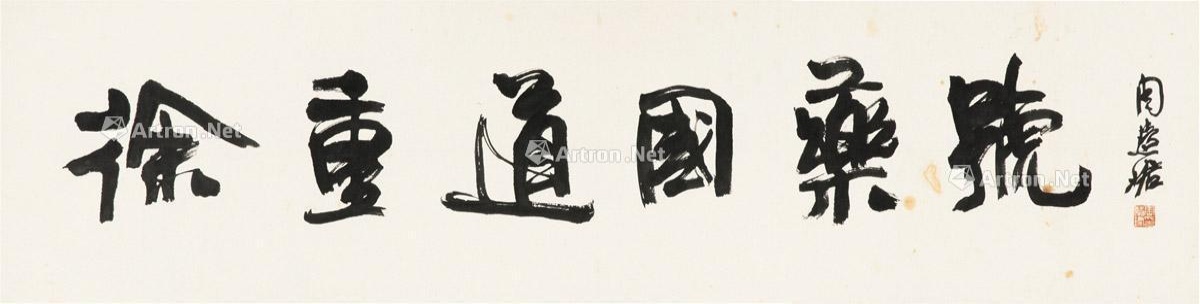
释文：徐重道国药号。周慧珺。